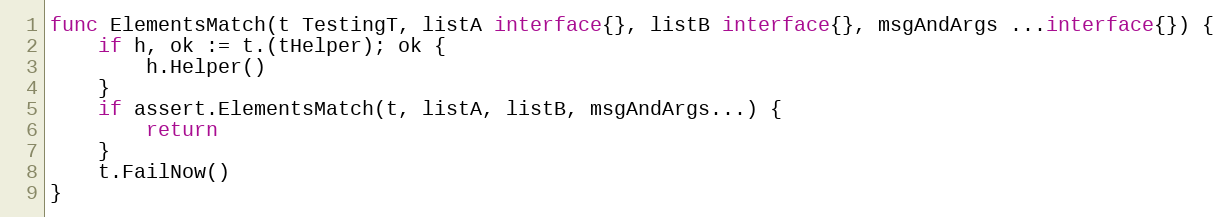
Language: Go
func ElementsMatch(t TestingT, listA interface{}, listB interface{}, msgAndArgs ...interface{}) {
	if h, ok := t.(tHelper); ok {
		h.Helper()
	}
	if assert.ElementsMatch(t, listA, listB, msgAndArgs...) {
		return
	}
	t.FailNow()
}